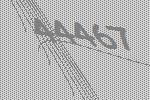
44467